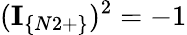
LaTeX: (\textbf{I}_{\{ N2+\} })^{2}=-1